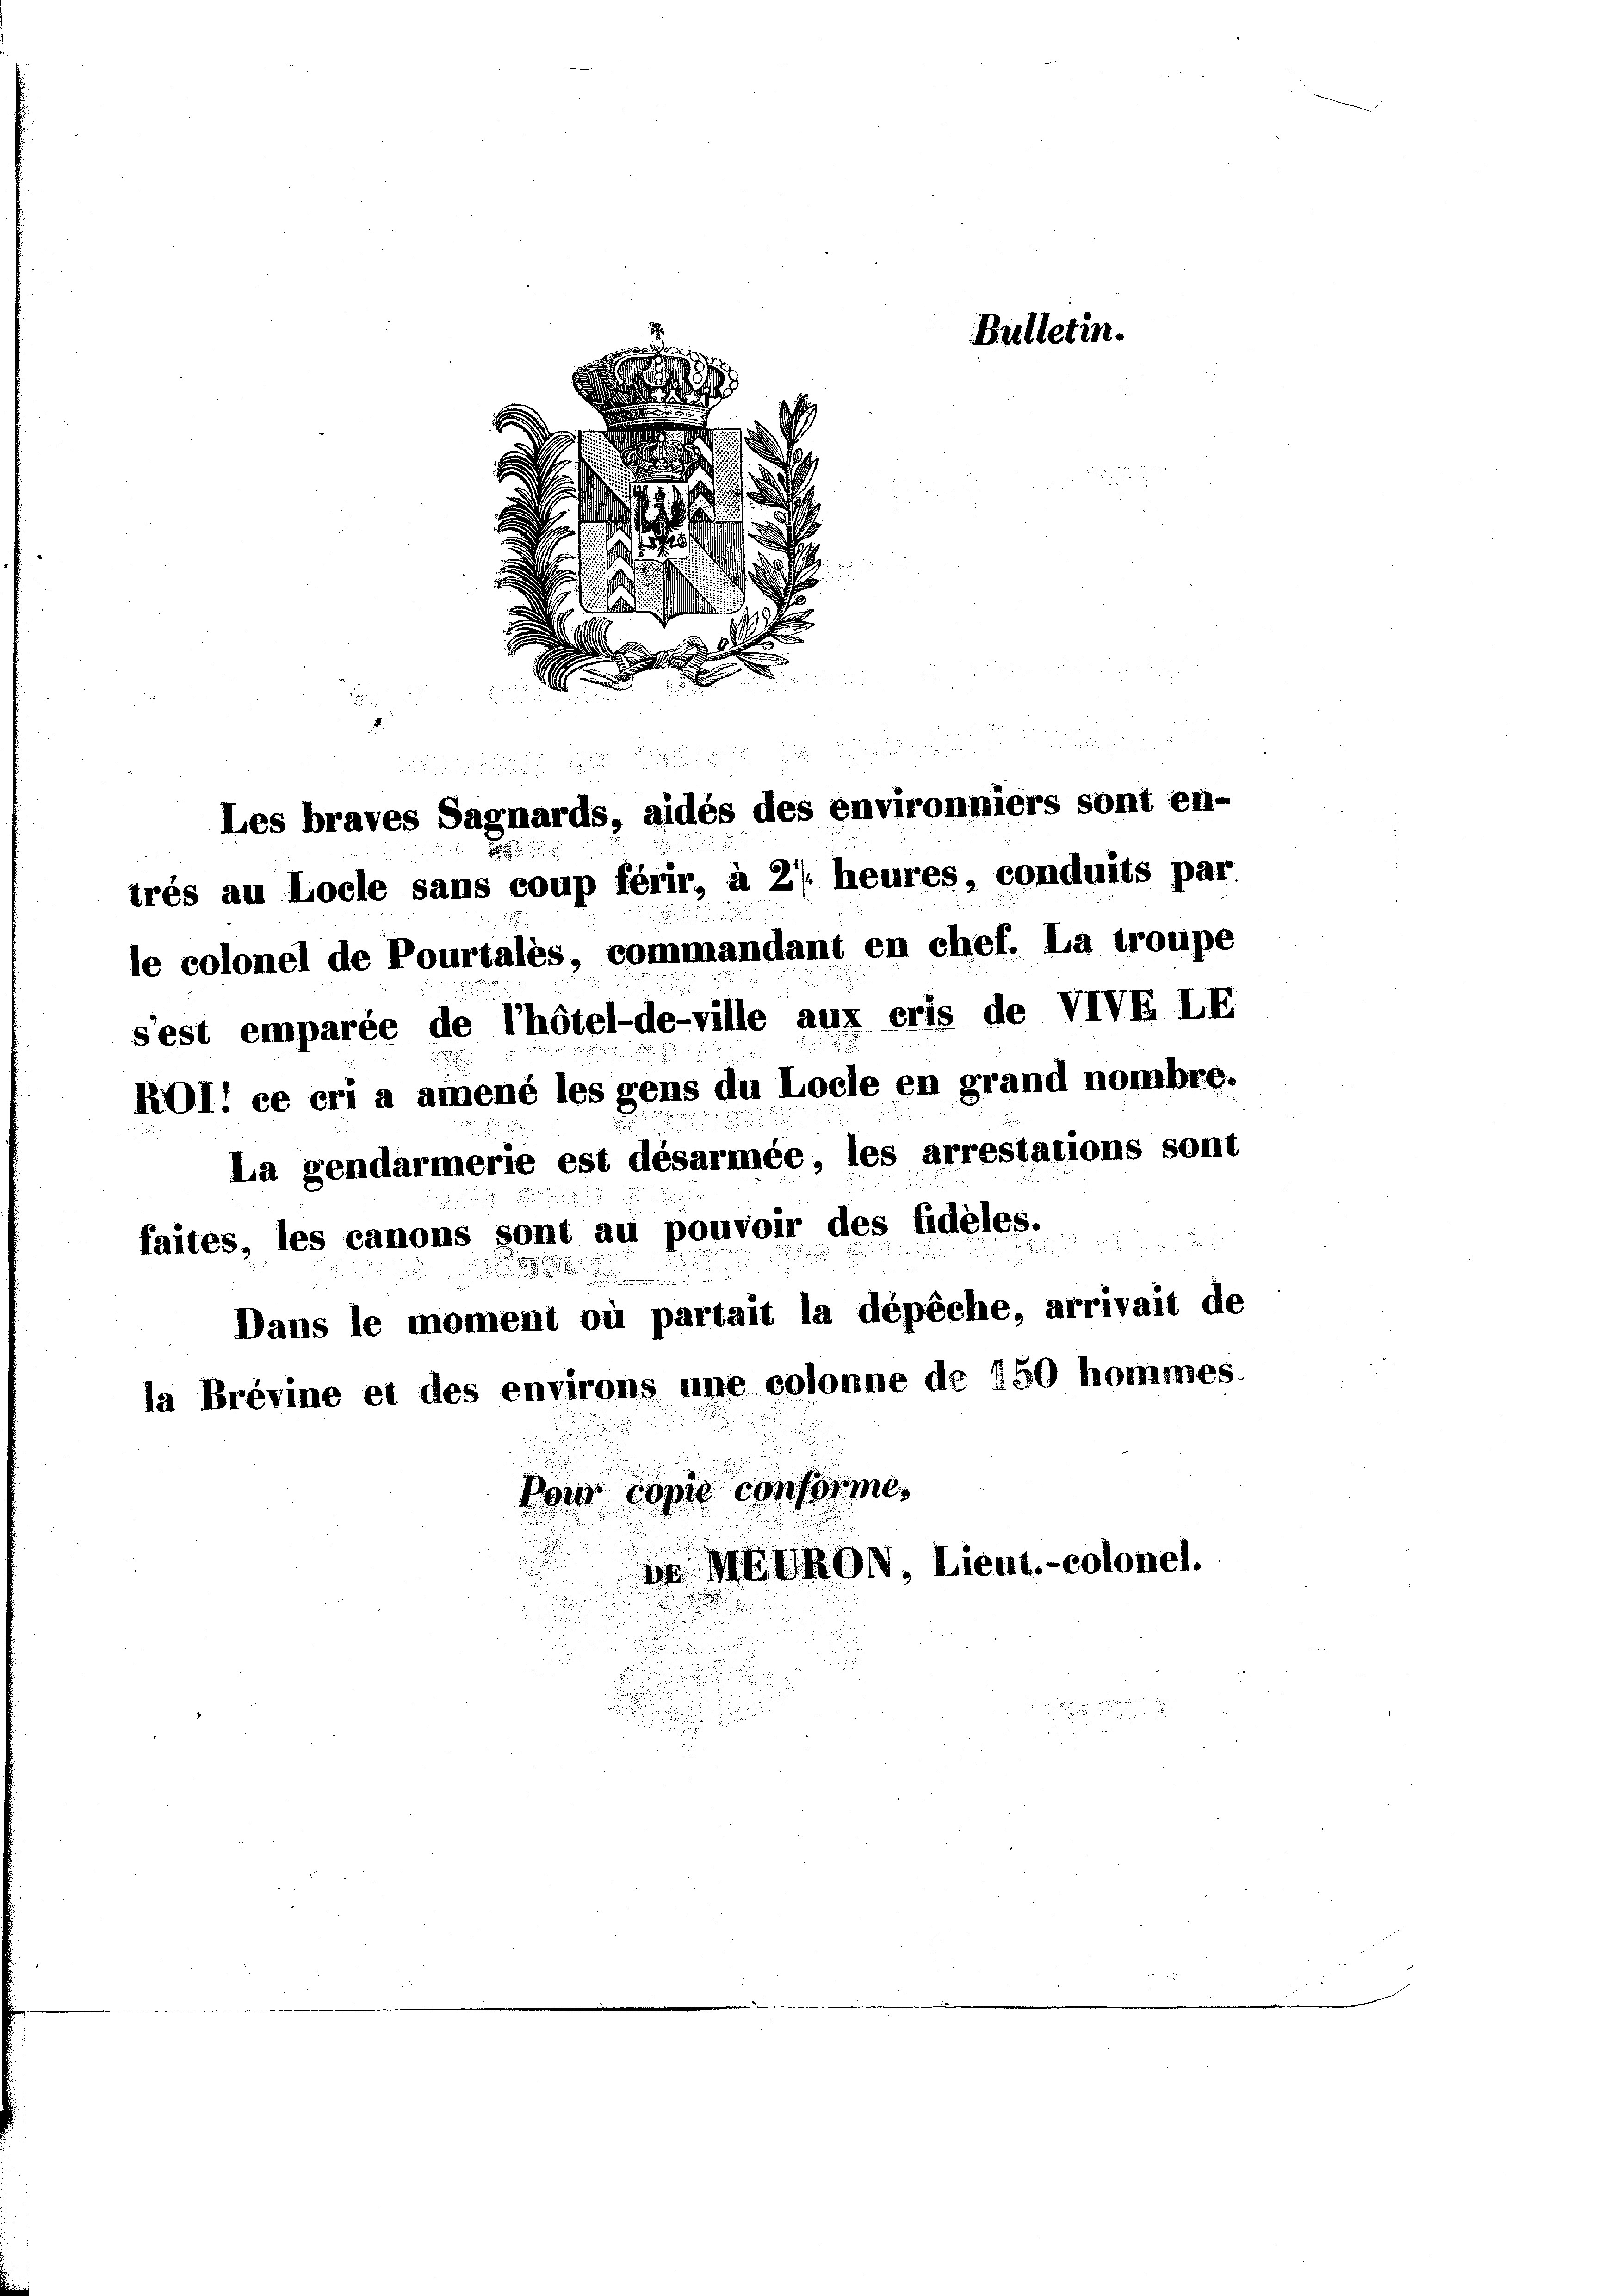
E
d

u
u
Les braves Sagnards, aidés des environniers sont en-
le colonel de Pourtales, commandant en chef. La troupe
s’est emparée de l’hôtel-de-ville aux cris de VIVE LE
ROl: ce cri a amené les gens du Locle en grand nombre.
La gendarmerie est désarmée, les arrestations sont
faites, les canons sont au pouvoir des fidèles.
Dans le moment où partait la dépêche, arrivait de
la Brévine et des environs une colonne de 150 hommes.
Pour copie conforme,
.
r MEURON, Lieut.-colonel.

trés au Locle sans coup férir, à 2/. heures, conduits par.

d
E

s

.

Bulletin.